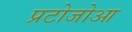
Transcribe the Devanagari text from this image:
प्रटोजोआ